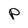
Character: p